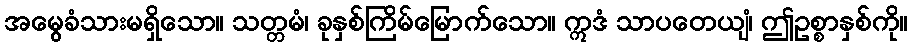
အမွေခံသားမရှိသော။ သတ္တမံ၊ ခုနှစ်ကြိမ်မြောက်သော။ ဣဒံ သာပတေယျံ၊ ဤဥစ္စာနှစ်ကို။